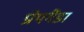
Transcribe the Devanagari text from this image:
प्रोपगैंडा